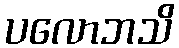
ပလောဘသိ